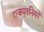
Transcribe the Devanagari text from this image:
राजपुतनियों